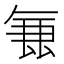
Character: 𭆢